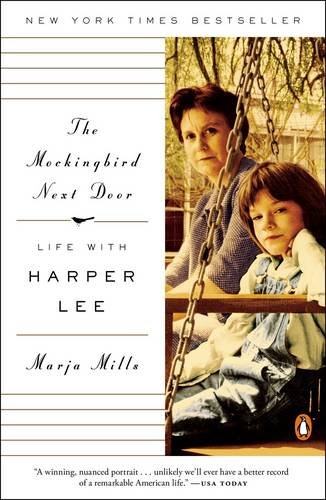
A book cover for The Mockingbird Next Door: Life with Harper Lee; Marja Mills; Literature & Fiction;